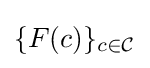
\{F(c)\}_{c\in {\mathcal {C}}}